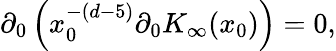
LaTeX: \partial_{0}\left(x_{0}^{-(d-5)}\partial_{0}K_{\infty}(x_{0})\right)=0,